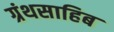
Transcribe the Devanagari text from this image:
ग्रंथसाहिब